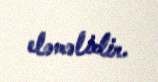
eləməlidir.